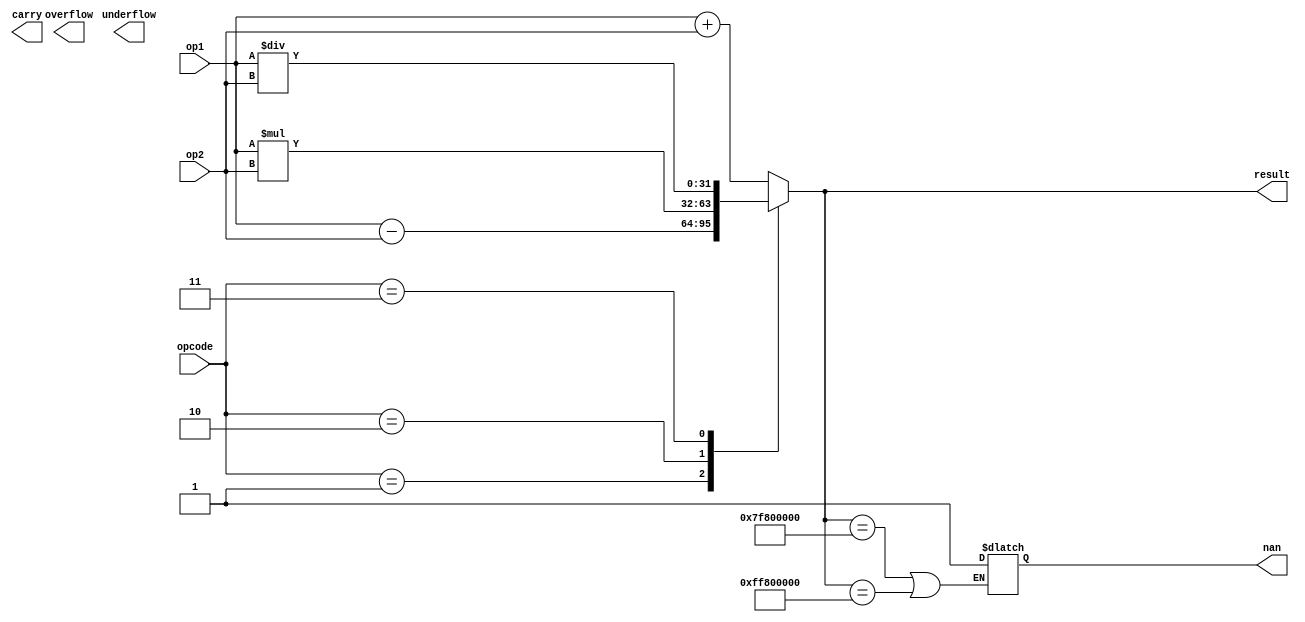
module single_prec_float_unit (
    input [31:0] op1,
    input [31:0] op2,
    input [1:0] opcode,
    output reg [31:0] result,
    output reg carry,
    output reg overflow,
    output reg underflow,
    output reg nan
);

always @ (op1, op2, opcode) begin
    case (opcode)
        2'b00: result = op1 + op2; // addition
        2'b01: result = op1 - op2; // subtraction
        2'b10: result = op1 * op2; // multiplication
        2'b11: result = op1 / op2; // division
    endcase

    // special cases handling
    if (result == 32'h7F800000 || result == 32'hFF800000)
        nan = 1;
    else if (result == 32'h7F800000 || result == 32'hFF800000)
        inf = 1;
end

// additional logic for handling carry, overflow, and underflow 

endmodule